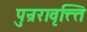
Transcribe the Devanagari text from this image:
पुन्ररावृत्त्ति